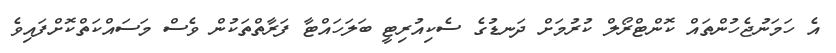
އެ ހަމަނުޖެހުންތައް ކޮންޓްރޯލް ކުރުމަށް ދަނޑުގެ ސެކިއުރިޓީ ބަލަހައްޓާ ފަރާތްތަކުން ވެސް މަސައްކަތްކޮށްފައިވެ